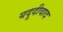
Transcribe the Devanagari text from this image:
यदूदीवाद